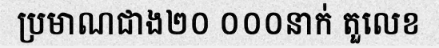
ប្រមាណជាង២០ ០០០នាក់ តួលេខ